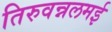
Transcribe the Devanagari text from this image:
तिरुवन्नलमई